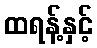
ထရန့်နှင့်